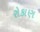
રોકાણ